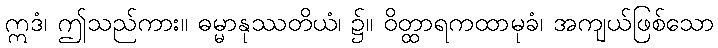
ဣဒံ၊ ဤသည်ကား။ ဓမ္မာနုဿတိယံ၊ ၌။ ဝိတ္ထာရကထာမုခံ၊ အကျယ်ဖြစ်သော